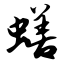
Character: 蟮